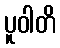
ပူဝါတိ